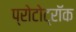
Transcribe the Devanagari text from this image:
प्रोटोट्रॉक